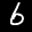
Label: 6